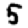
Digit: 5